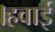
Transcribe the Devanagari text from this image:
।हवाई